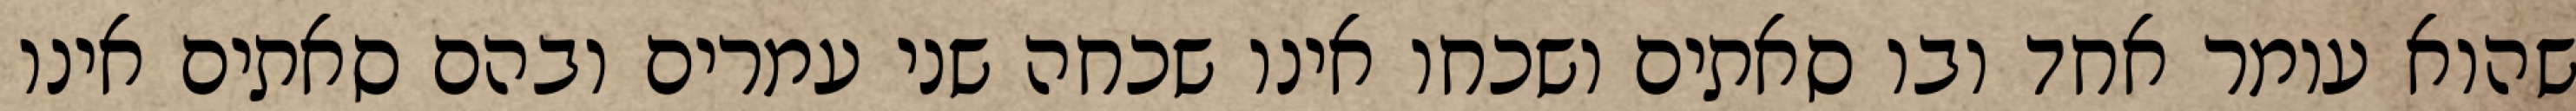
שהוא עומר אחד ובו סאתים ושכחו אינו שכחה שני עמרים ובהם סאתים אינו